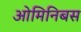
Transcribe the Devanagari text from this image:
ओमिनिबस